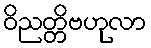
ဝိညတ္တိဗဟုလာ